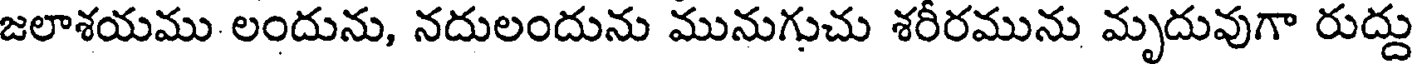
జలాశయము లందును, నదులందును మునుగుచు శరీరమును మృదువుగా రుద్దు